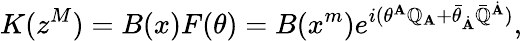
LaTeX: K(z^{M})=B(x)F(\theta)=B(x^{m})e^{i(\theta^{\mathbf{A}}\mathbb{Q}_{\mathbf{A}}+\bar{{\theta}}_{\dot{{\mathbf{A}}}}\bar{{\mathbb{Q}}}^{\dot{{\mathbf{A}}}})},